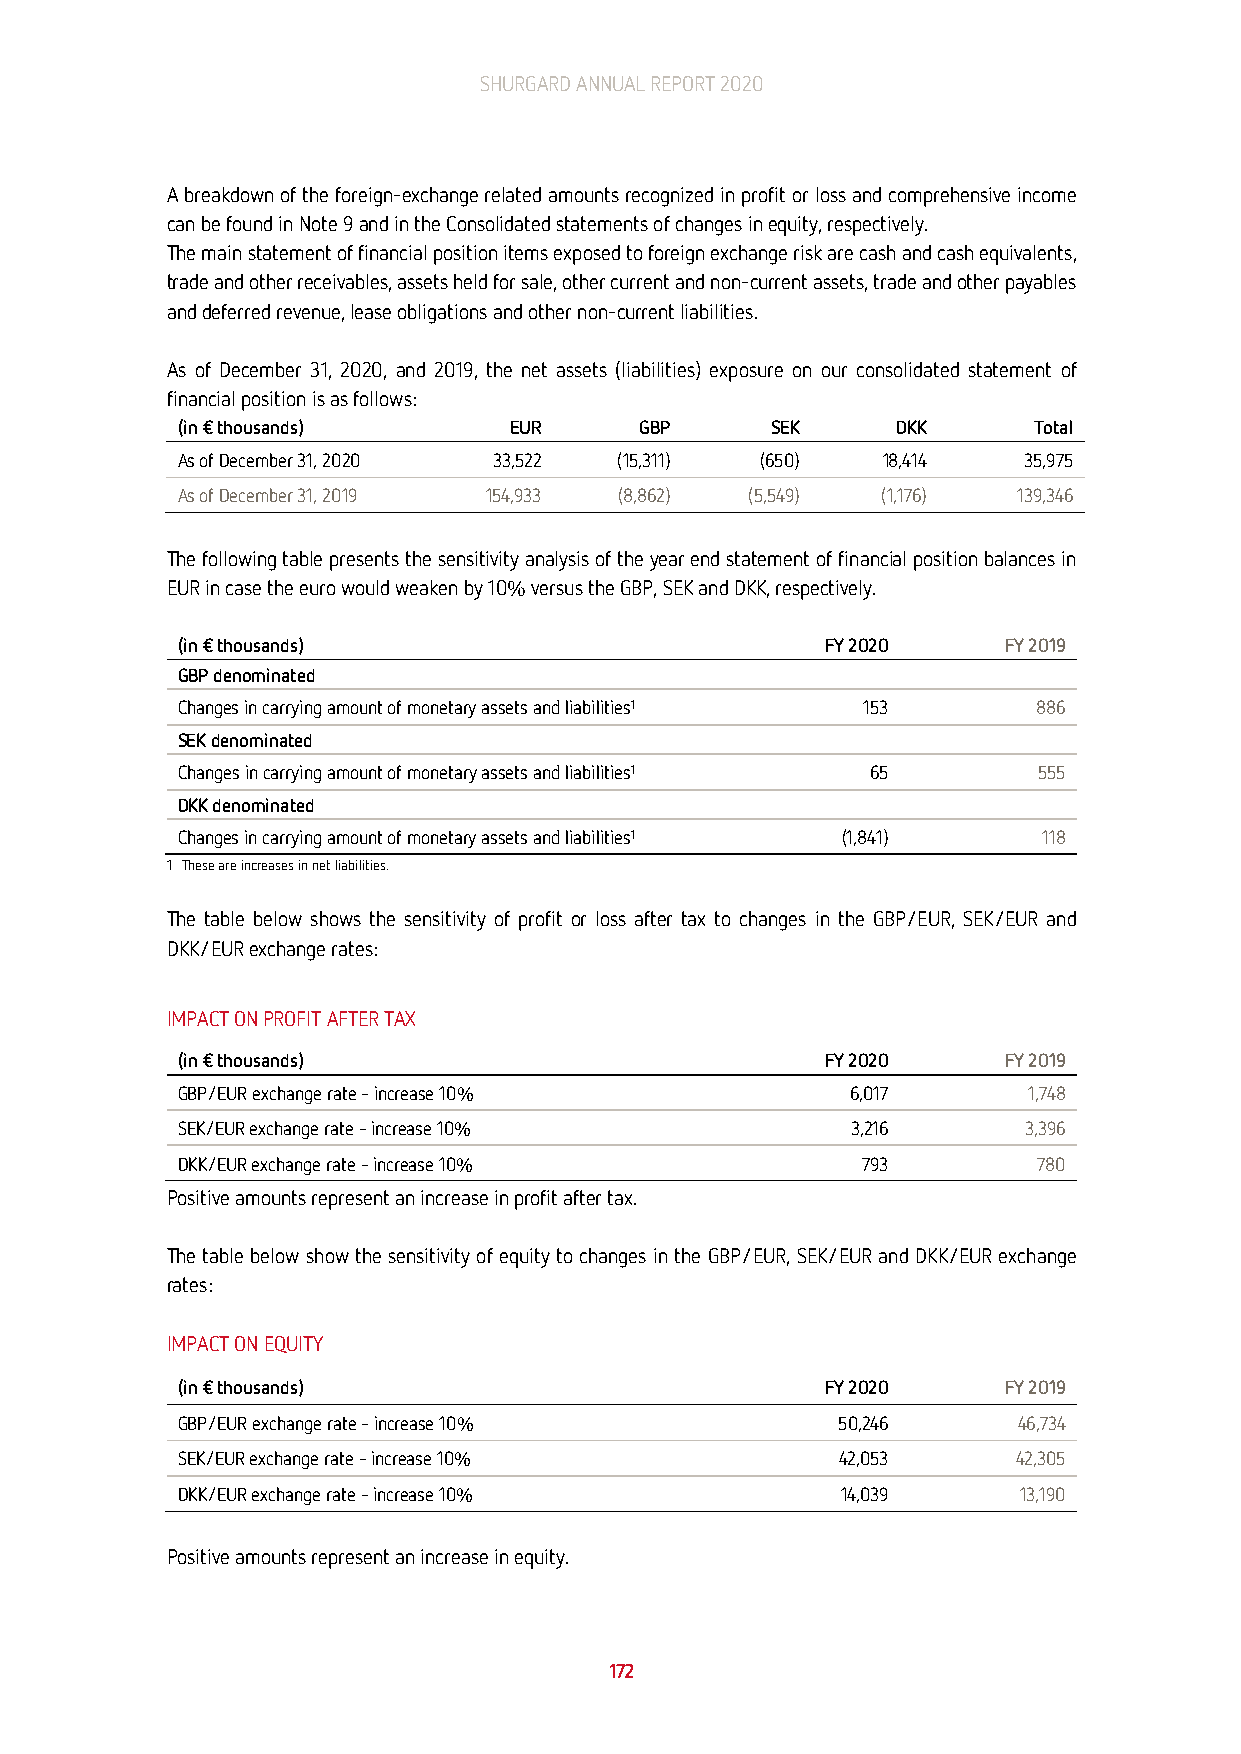
SHURGARD ANNUAL REPORT 2020
 A breakdown of the foreign-exchange related amounts recognized in profit or loss and comprehensive income
 can be found in Note 9 and in the Consolidated statements of changes in equity, respectively.
 The main statement of financial position items exposed to foreign exchange risk are cash and cash equivalents,
 trade and other receivables, assets held for sale, other current and non-current assets, trade and other payables
 and deferred revenue, lease obligations and other non-current liabilities.
 As of December 31, 2020, and 2019, the net assets (liabilities) exposure on our consolidated statement of
 financial position is as follows:
 (in € thousands)      EUR     GBP      SEK     DKK      Total
 As of December 31, 2020 33,522 (15,311) (650) 18,414    35,975
 As of December 31, 2019 154,933 (8,862) (5,549) (1,176) 139,346
 The following table presents the sensitivity analysis of the year end statement of financial position balances in
 EUR in case the euro would weaken by 10% versus the GBP, SEK and DKK, respectively.
 (in € thousands)                           FY 2020    FY 2019
 GBP denominated
 Changes in carrying amount of monetary assets and liabilities1 153 886
 SEK denominated
 Changes in carrying amount of monetary assets and liabilities1 65 555
 DKK denominated
 Changes in carrying amount of monetary assets and liabilities1 (1,841) 118
 1 These are increases in net liabilities.
 The table below shows the sensitivity of profit or loss after tax to changes in the GBP/EUR, SEK/EUR and
 DKK/EUR exchange rates:
 IMPACT ON PROFIT AFTER TAX
 (in € thousands)                           FY 2020    FY 2019
 GBP/EUR exchange rate – increase 10%        6,017       1,748
 SEK/EUR exchange rate – increase 10%        3,216       3,396
 DKK/EUR exchange rate – increase 10%         793         780
 Positive amounts represent an increase in profit after tax.
 The table below show the sensitivity of equity to changes in the GBP/EUR, SEK/EUR and DKK/EUR exchange
 rates:
 IMPACT ON EQUITY
 (in € thousands)                           FY 2020    FY 2019
 GBP/EUR exchange rate – increase 10%       50,246      46,734
 SEK/EUR exchange rate – increase 10%       42,053      42,305
 DKK/EUR exchange rate – increase 10%        14,039     13,190
 Positive amounts represent an increase in equity.
 172